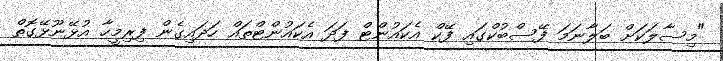
"މިސާލަކަށް ބަލާނަމަ ފޭސްބުކްގައި ފޭކް އެކައުންޓް ފަދަ އެކައުންޓްތައް ހަދައިގެން ފިރިމީހާ އުޅޭނޫޅޭގޮތް